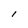
Character: 1